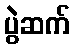
ပွဲဆက်